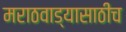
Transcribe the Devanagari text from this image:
मराठवाड्यासाठीच